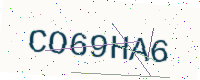
Text: CO69HA6